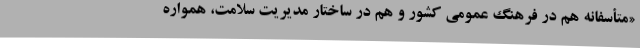
«متأسفانه هم در فرهنگ عمومی کشور و هم در ساختار مدیریت سلامت، همواره